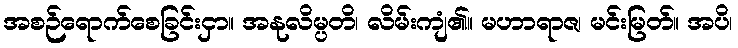
အစဉ်ရောက်စေခြင်းငှာ။ အနုလိမ္ပတိ၊ လိမ်းကျံ၏။ မဟာရာဇ၊ မင်းမြတ်။ အပိ၊